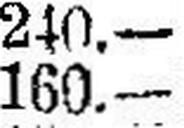
160.—